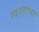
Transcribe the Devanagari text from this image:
स्वतहाच्या